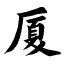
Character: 厦